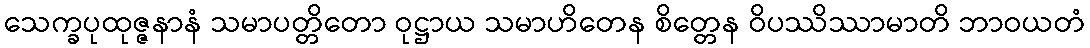
သေက္ခပုထုဇ္ဇနာနံ သမာပတ္တိတော ဝုဋ္ဌာယ သမာဟိတေန စိတ္တေန ဝိပဿိဿာမာတိ ဘာဝယတံ